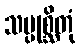
သမ္ပုစ္ဆိတုံ